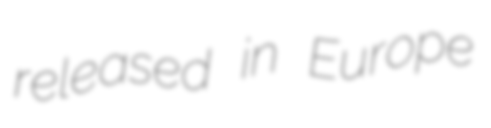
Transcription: released in Europe